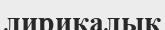
лирикалық